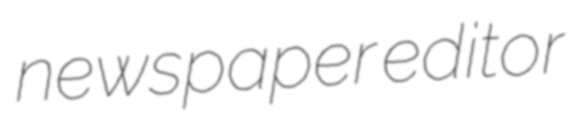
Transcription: newspaper editor